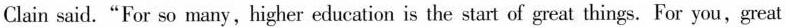
Clain said."For so many, higher education is the start of great things. For you,great